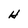
Character: H